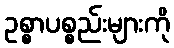
ဥစ္စာပစ္စည်းများကို